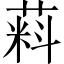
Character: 𬝮